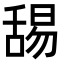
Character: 舓